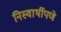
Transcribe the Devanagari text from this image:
निस्वार्थीपणे